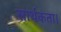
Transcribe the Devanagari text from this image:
सार्थकता।